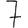
Digit: 7